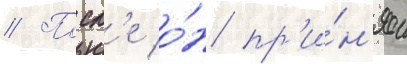
// Посл'е о́н пр'и́н'ял